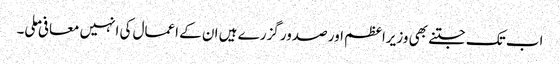
اب تک جتنے بھی وزیراعظم اور صدور گزرے ہیں ان کے اعمال کی انہیں معافی ملی۔